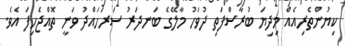
ކިޔުންތެރިއެއް މިދިޔަ ބުރާސްފަތި ދުވަހު މާލޭގެ ބަނދަރު ސަރަހައްދު ވަނީ ތޮއްޖެހިފަ އެވެ.